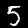
Digit: 5